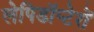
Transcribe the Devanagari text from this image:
लेपिडॉप्टेरों